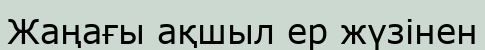
Жаңағы ақшыл ер жүзінен